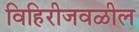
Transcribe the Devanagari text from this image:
विहिरीजवळील